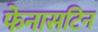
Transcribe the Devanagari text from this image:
फेनासटिन